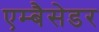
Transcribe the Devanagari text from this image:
एम्बैसेडर